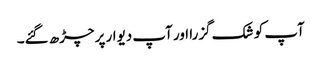
آپ کو شک گزرا اور آپ دیوار پر چڑھ گئے۔